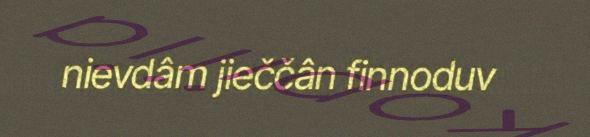
nievdâm jieččân finnoduv